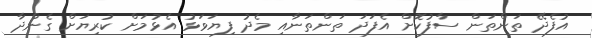
އުފެދޭ ތަންތަން ސާފުކޮށް އެފަދަ ތަންތަނާއި މެދު ފިޔަވަޅު އެޅުމަށް ކުރިޔަށް ގެންދާ